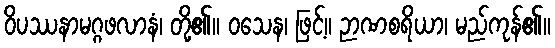
ဝိပဿနာမဂ္ဂဖလာနံ၊ တို့၏။ ဝသေန၊ ဖြင့်။ ဉာဏစရိယာ၊ မည်ကုန်၏။